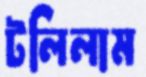
টলিলাম